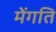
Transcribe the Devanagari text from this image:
मेंगति